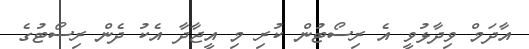
އާދަމް ވިދާޅުވީ އެ ރިސޯޓުން ކުރި މި އީޖާދާ އެކު ދެން ރިސޯޓުގެ